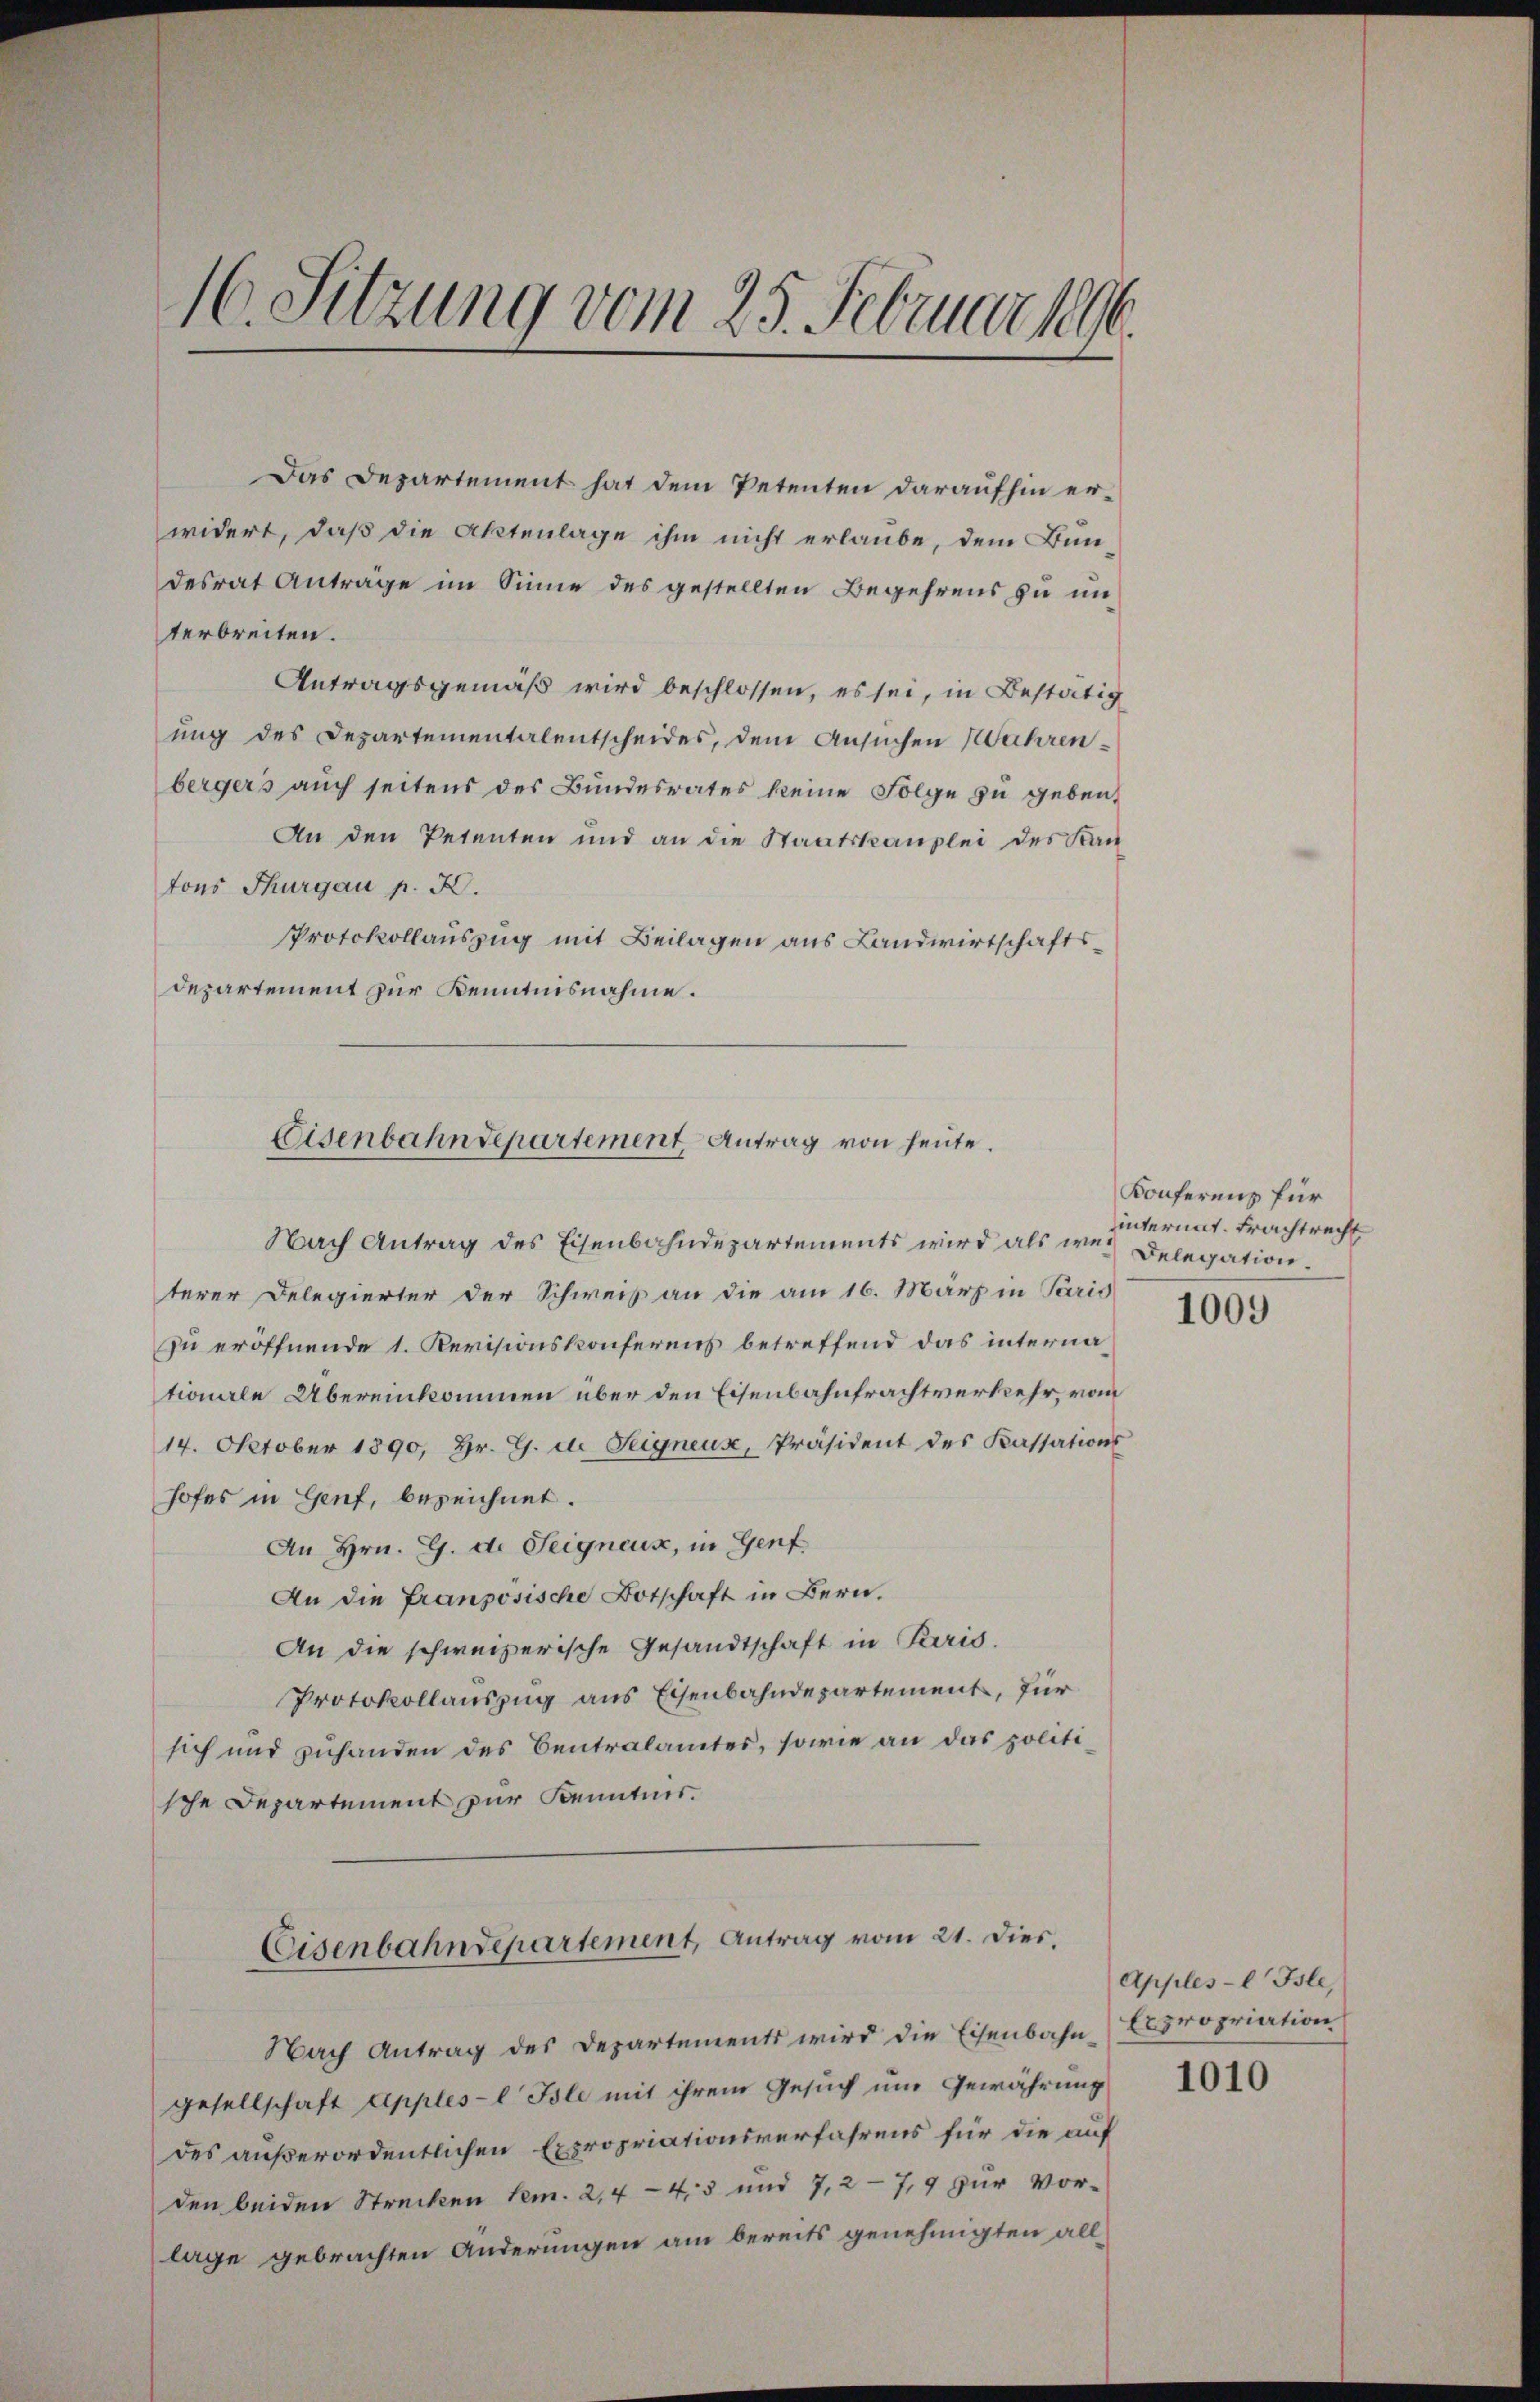
16. Sitzung vom 25. Februar 1896

Das Departement hat dem Petenten daraufhin er-
widert, daß die Aktenlage ihm nicht erlaube, dem Bundesrat Anträge im Sinne des gestellten Begehrens zu un
terbreiten.
Antragsgemäß wird beschlossen, es sei, in Bestätig
ung des Departementalentscheides, dem Ansuchen Wuhrenbergers auch seitens des Bundesrates keine Folge zu geben.
An den Petenten und an die Staatskanzlei des Kan
tons Thurgau p. X.
Protokollauszug mit Beilagen aus Landwirtschaftsdepartement zur Kenntnisnahme.

Eisenbahndepartement, Antrag von heute.

Nach Antrag des Eisenbahndepartements wird als was Delegation
terer Delegierter der Schweiß an die am 16. März in Paris
zu eröffnende 1. Revisionskonferens betreffend das internationale Übereinkommen über den Eisenbahnfrachtverkehr, vom
14. Oktober 1890, Hr. G. die Seigneur, Präsident des Kassations
hofes in Genf, bezeichnet.
An Hrn. G. de Teigneux, in Genf
An die Französische Botschaft in Bern.
An die schweizerische Gesandtschaft in Paris.
Protokollauszug aus Eisenbahndepartement, für
sich und zuhanden des Centralamtes, sowie an das politische Departement zur Kenntnis.
Eisenbahndepartement, Antrag vom 21. Dies.
Nach Antrag des Departements wird die Eisenbahn-Expropriation
gesellschaft Apples-l Isle mit ihrem Gesuch um Gewährung
des außerordentlichen Expropriationsverfahrens für die auf
den beiden Strecken Tem. 2,4-43 und 7,2-7,9 zur Vorlage gebrachten Änderungen am bereits genehmigten all¬

Konferenz für
interint. Frachtrecht

1009

Apples-l Isle,

1010